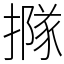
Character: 𢵌